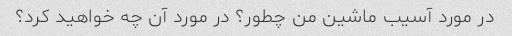
در مورد آسیب ماشین من چطور؟ در مورد آن چه خواهید کرد؟